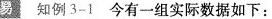
易 知例3-1今有一组实际数据如下：